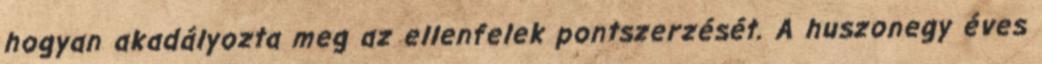
hogyan akadályozta meg az ellenfelek pontszerzését. A huszonegy éves